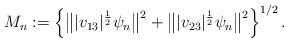
LaTeX: \begin{align*}M_n := \left\{ \bigl\||v_{13}|^{\frac12}\psi_n\bigr\|^2 + \bigl\||v_{23}|^{\frac12}\psi_n\bigr\|^2 \right\}^{1/2} . \end{align*}